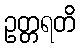
ဥတ္တရတိ